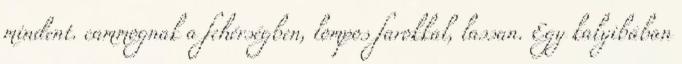
mindent. cammognak a fehérségben, lompos farokkal, lassan. Egy kalyibában